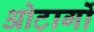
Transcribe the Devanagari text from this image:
ओटार्गो